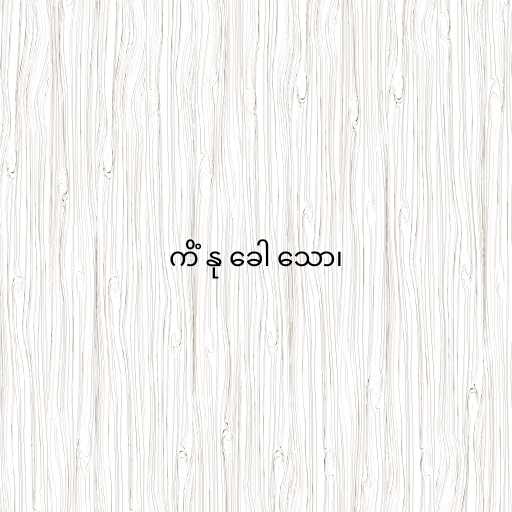
ကိံ နု ခေါ သော၊